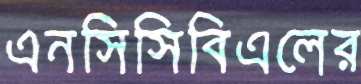
এনসিসিবিএলের